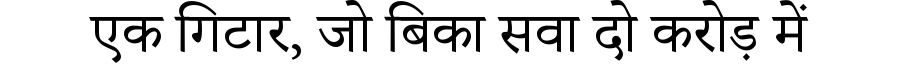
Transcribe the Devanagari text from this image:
एक गिटार, जो बिका सवा दो करोड़ में